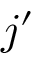
j ^ { \prime }